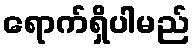
ရောက်ရှိပါမည်